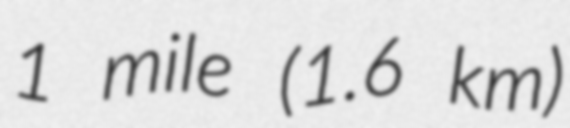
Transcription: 1 mile (1.6 km)